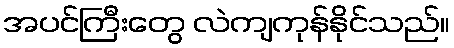
အပင်ကြီးတွေ လဲကျကုန်နိုင်သည်။